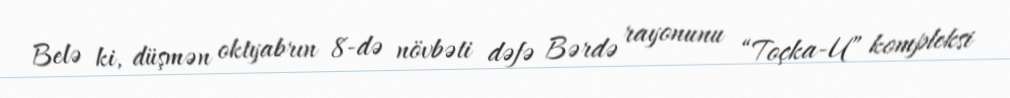
Belə ki, düşmən oktyabrın 8-də növbəti dəfə Bərdə rayonunu “Toçka-U” kompleksi